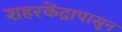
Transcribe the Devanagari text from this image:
शहरकेंद्रापासून